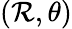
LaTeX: (\mathcal{R},\theta)